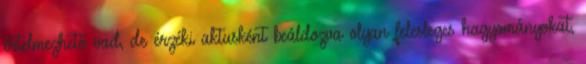
értelmezhető vad, de érzéki aktusként beáldozva olyan felesleges hagyományokat,